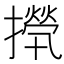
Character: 𢶇